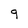
Character: q